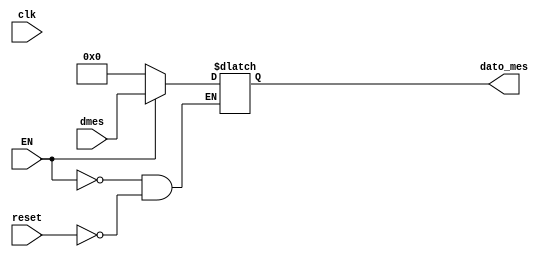
`timescale 1ns / 1ps
//////////////////////////////////////////////////////////////////////////////////
// Company: 
// Engineer: 
// 
// Design Name: 
// Module Name:    mes_reg 
// Project Name: 
// Target Devices: 
// Tool versions: 
// Description: 
//
// Dependencies: 
//
// Revision: 
// Revision 0.01 - File Created
// Additional Comments: 
//
//////////////////////////////////////////////////////////////////////////////////
module mes_reg(
input wire clk,reset,
input wire [7:0] dmes,
input wire EN,
output reg [7:0]dato_mes
    );
initial begin 

dato_mes=8'b0;

end

always@* begin     //posiblemente tengamos que cambiar a @*
if (reset)
dato_mes<=0;
if(EN==1)
dato_mes<=dmes;
end
endmodule